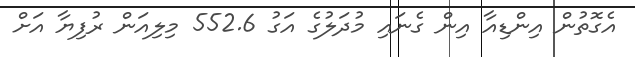
އެގޮތުން އިންޑިއާ އިން ގެނައި މުދަލުގެ އަގު 552.6 މިލިއަން ރުފިޔާ އަށް